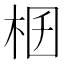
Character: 𣑟